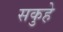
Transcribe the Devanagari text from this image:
सकुहे